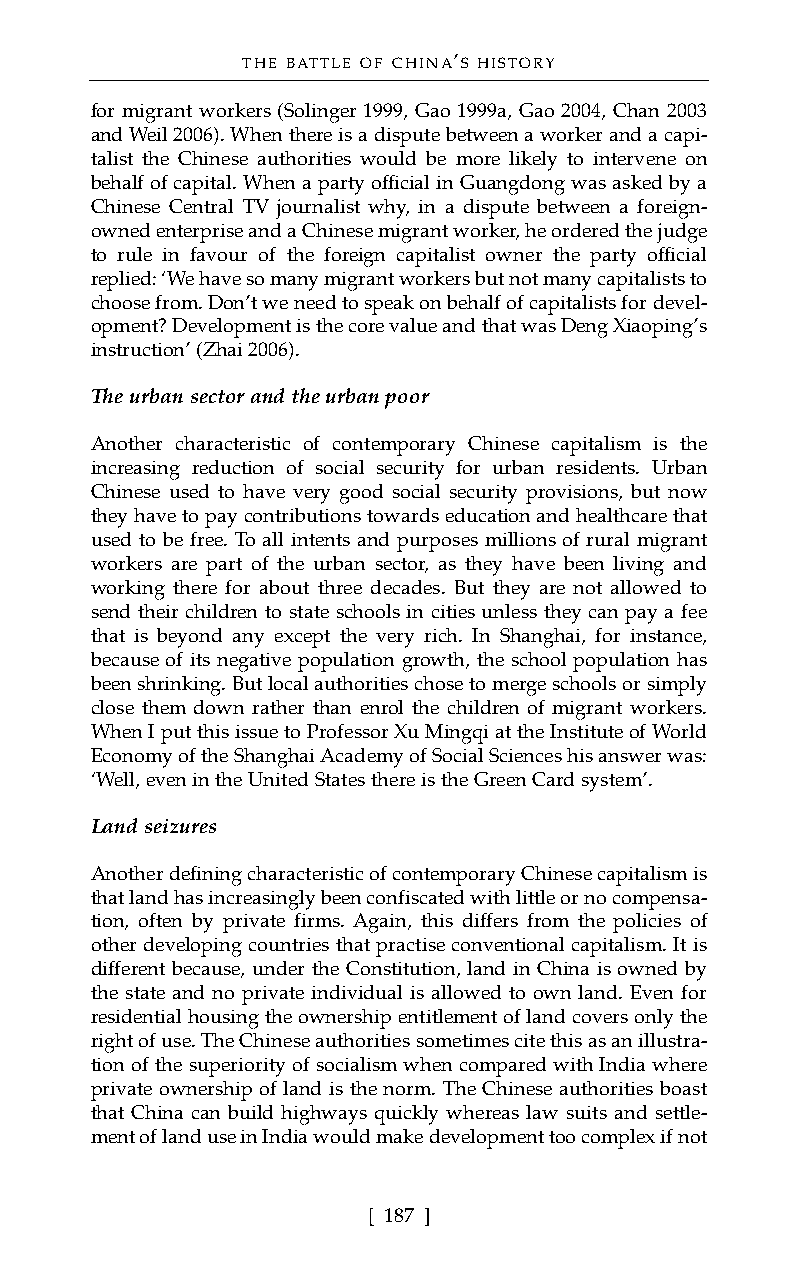
THE BATTLE OF CHINA’S HISTORY
 for migrant workers (Solinger 1999, Gao 1999a, Gao 2004, Chan 2003
 and Weil 2006). When there is a dispute between a worker and a capi-
 talist the Chinese authorities would be more likely to intervene on
 behalf of capital. When a party official in Guangdong was asked by a
 Chinese Central TV journalist why, in a dispute between a foreign-
 owned enterprise and a Chinese migrant worker, he ordered the judge
 to rule in favour of the foreign capitalist owner the party official
 replied: ‘We have so many migrant workers but not many capitalists to
 choose from. Don’t we need to speak on behalf of capitalists for devel-
 opment? Development is the core value and that was Deng Xiaoping’s
 instruction’ (Zhai 2006).
 The urban sector and the urban poor
 Another characteristic of contemporary Chinese capitalism is the
 increasing reduction of social security for urban residents. Urban
 Chinese used to have very good social security provisions, but now
 they have to pay contributions towards education and healthcare that
 used to be free. To all intents and purposes millions of rural migrant
 workers are part of the urban sector, as they have been living and
 working there for about three decades. But they are not allowed to
 send their children to state schools in cities unless they can pay a fee
 that is beyond any except the very rich. In Shanghai, for instance,
 because of its negative population growth, the school population has
 been shrinking. But local authorities chose to merge schools or simply
 close them down rather than enrol the children of migrant workers.
 When I put this issue to Professor Xu Mingqi at the Institute of World
 Economy of the Shanghai Academy of Social Sciences his answer was:
 ‘Well, even in the United States there is the Green Card system’.
 Land seizures
 Another defining characteristic of contemporary Chinese capitalism is
 that land has increasingly been confiscated with little or no compensa-
 tion, often by private firms. Again, this differs from the policies of
 other developing countries that practise conventional capitalism. It is
 different because, under the Constitution, land in China is owned by
 the state and no private individual is allowed to own land. Even for
 residential housing the ownership entitlement of land covers only the
 right of use. The Chinese authorities sometimes cite this as an illustra-
 tion of the superiority of socialism when compared with India where
 private ownership of land is the norm. The Chinese authorities boast
 that China can build highways quickly whereas law suits and settle-
 ment of land use in India would make development too complex if not
 [ 187 ]